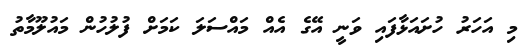
މި އަހަރު ހުށައަޅާފައި ވަނީ އޭގެ އެއް މައްސަލަ ކަމަށް ފުލުހުން މައުލޫމާތު